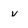
Character: v